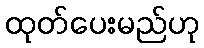
ထုတ်ပေးမည်ဟု